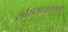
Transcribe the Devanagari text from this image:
सर्वससाधारणपणे